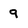
Character: 9